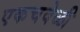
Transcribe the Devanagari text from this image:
एकचवेळी